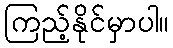
ကြည့်နိုင်မှာပါ။